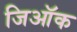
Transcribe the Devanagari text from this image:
जिऑक